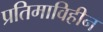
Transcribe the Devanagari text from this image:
प्रतिमाविहीन